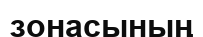
зонасының